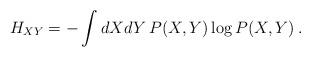
LaTeX: \begin{align*}H_{XY} = - \int dX dY \, P(X,Y) \log P(X,Y)\,.\end{align*}